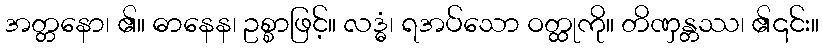
အတ္တနော၊ ၏။ ဓာနေန၊ ဥစ္စာဖြင့်။ လဒ္ဓံ၊ ရအပ်သော ဝတ္ထုကို။ တိဏှန္တဿ၊ ၏၎င်း။